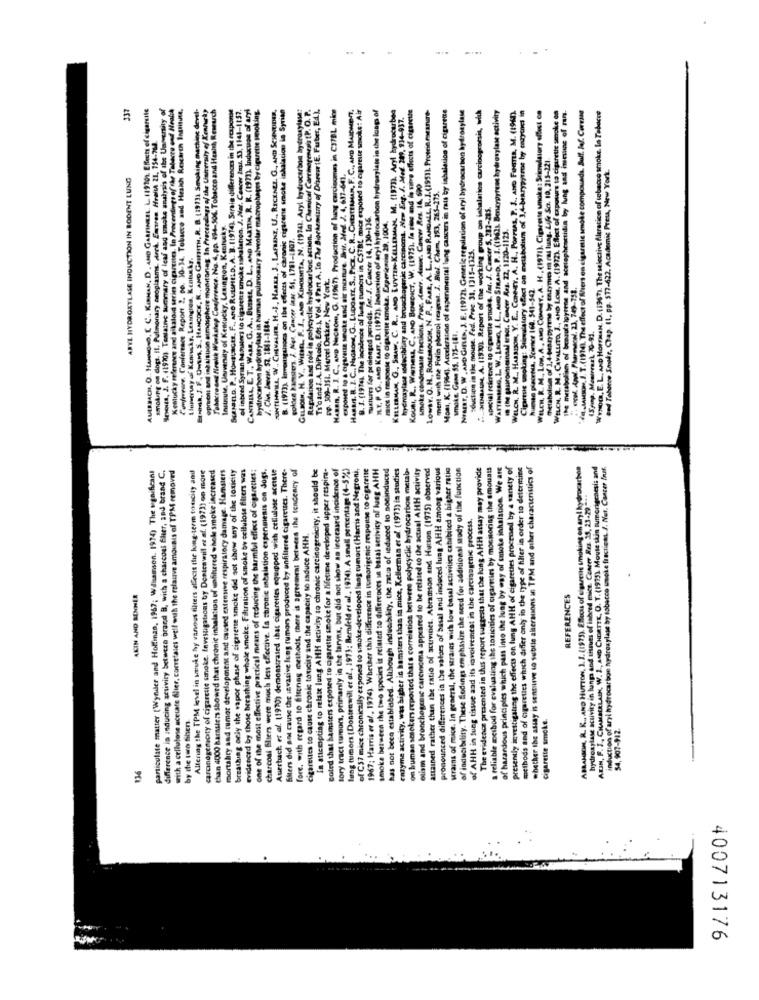
AUERBACH, O .. HANMOND, C. C ., KIRHAN, D . AND GARFINKEL. L. 119701. ERects of cigarette
Snous, J. F. (1970) Tentaine summary of leaf and smoke analysis of the University of
Kentucky reference and alkaloid series cigarettes. In Proceedings of the Tabacco and Health
Confereare. Conference Report 2. po. 10-34. Tobacco and Hrakh Research Institute,
Ba, J. F. UwsM. S ., HANCOCK, R ., AND GRIFFITH, R. B. (19731 Smoking machine devel-
opresent and ingaisuon atmosphere monitoring. In Prececelags of the University of Kentucky
Tobacco ced Nrekk Workshop Conference. No. 4,pp. 494-506. Tobacco and Health Research
Scmsanto. P ., Honsuaces. F ., ane Russmes.D. A. B. (1914). Serale differences in the response
of inbred Syrian Mhans to cigarette smoke Inhalation. J. Nar. Cescer Ings. 53, 1141-1157.
CANTRELL, E. T ., WARE. G. A ., BUIME, D. L ., AND MARTIN, R. R. (1977). Inducuse of aryl
hydrocarbon hydroxylase in human pulmonary alveolar macrophages by cigarette smoking.
B. (1973), levesusgsisocs on the effects of chronic cigarene smoke inhalation lo Syrian
1. Vol. 4 Part A, In The Biochemiury of Direi (E. Farber, Ed.),
HABEN, R. J. C ., AND NecRóm, G. (1967). Production al lung carcinome in C37BL mice
B. J. (1974). The incidence of lung tumors in CSTBL mics exposed to cigarette smoke: Air
T. P. G. AND KAsr, D. (1972), Induction of aryl hydrocarbon hydrosylaws in the loop of
Lowsr. O. H ., RossoUGH, N. P ., FARR, A. L. AND RANDALL, R. J.(1951). Protein nuranare-
Moms, K. (1964). Acceleration of eapenmental lung cancers in rats by inhalation of cigarene
Nrasr, D. W ,AND Gines, J. E. (19721. Genetic regulation of aryl hydrocarbon hydroxylase
"Has, A. (1990) Report of the working group on ietalation carcinogenesis, with
,AND STRAND. P. I.(1962. Benzypyrene hydroxylase activity
Citartue smoking: Stimuistory elect on metabolism of 3.4-bearypytros by czyches in
WELCH, R. M ., LOW, A, AND COMMIT. A. H ., (1971). Cigarette smoke: Stimulatory elfest on
e of ran.
the metabolism of brazotalpyrene and acetaphenetidin by fung Jed zitate spoke on
VAAS.I. T.(1974). Theeffect of Wiers on cigarette smoke compounds. Bull. laf. Coreane
337
SONTLHWILL, WW ., CHEvaura, H .- J ., HARKa, J ., LAFBENE, U ., RECENEL. G ., AND SCHNEIDER,
GILsoIN. H. V ., With, P. S ., AND KIHosnTA, N. (19741. Aryl hydrocarbon hydroxylase:
Regulation and role in polycyclic hydrocarbon action. In Chemical CarrierenesistP. O. P.
KELLERMAM, G ., SHAw. C. R ., AND LUYTEN-KELLERMAN, M. (1973). Aryl hydrocarbon
hydroxylase sodecibility and broochogenic cascinomt. New Eng. J. Med. 289, 934-937.
Koun, R. Weness, C, AND BENEDICT, W. (1975), la stes and la vitre effects of cigarette
WELCH. R. M .. HARSISON, Y. E ., CONeEY, A. H ., Porreas, P. J ., AND FORTta, M. (1960).
.E. L. AND HorFMan. D. (1967). The selective fleracion of tobacco smoke, In Tabacce
smoking on dogt. Il. Pulmonary neoplasms. Arch. Empren. Hrefth 21, 754-768.
of 1,4 bean pyrene by enzyme m ral lung. Life Sc. 19, 213-221.
.I. C .. NaGRons, G ., LUDOATE. S ., PICK, C. R ., CHESTEMMAN, F. C.
God Taberne Smodr, Chap. (1, pp. 577-622. Academic Press, New York.
ARYL HYDROXYLASE INDUCTION IN RODENT LUNG
Exposed to a cigarette smoke and air mesture. Brit. Med. J. 4, 637-641.
smoke condensate fractions, Proc. Amer. Asc. Cancer Res. 14. 590
ment with the Folin phenol reagest. J. Biel. Chem, 193, 265-275.
special feiertnice to cigarette smoke. Int. J. Cancer 5. 312-285.
Tuxtures for prolonged periods, lat. J. Cancer 14, 130-136.
mics in response to cigarette smoke. Experiencia 29, 1004.
WELCH. R. M . CAVALLITA J ., AND LOW. A. (1972). Effect of
Instcute, University of Kentucky, Lexington, Kentucky.
18 the sauroinvesnaal tract. Cancer Res. 22, 1120-1123.
golden hamsters. J. Nat. Cancer jaar. 51, 1781-4807.
:duction in the mouse. Fed. Proc. 31. 1315-1325.
Lleveerway of Keniwsky, Lessogros, Kentucky.
opment and inbaisuon atmosphere monit
DO. 309-151. Marcel Dekker, New York
fo and J. A. DiPuoic. Eos N Vale
Pronta. Sciemer 160. 541-542
4. Chin. Beerse. 52. 1842-2884.
smoke. Gane 55. 175-181.
Www.E.L.N
metabo
particulate matter (Wynder and Holfinan, 1967; Wilsamson. 1974) The significant
difference in inducing activity betwece brand B, with a charcoal flier, and brand C.
with a cellulose acetate fier, corttales well wuh the refauve amounts of TPM removed
Allering the TPM level in suke hoy vanvous filters alecit the long-term tonicity and
caronestmoty of cigarette smoke. Invesugations by Donicawill et af. (197)) on more
than 4000 harsstems showed that chronic inhalation of unfiltered whole smoke increased
mortahry and rumor development and caused extensive respiratory damage. Hamsters
4 sot show any of the toxicity
evidenced by those breathing whole smoke, Filtration of smoke by ccitulose filters was
one of the most effective practical means of reducing the harmful effect of cigarettes:
charconi Sliers were much less effective. La chronic inhalation expenmenis on dogs.
Auerbach: et al. (1990) demonstrated that cigarettes equipped with cellulose acesse
s rumors produced by unfiltered cigarettes. There-
fore, with ergard to filtering methods, there is agreement between the tendency of
In attcespting to relate lung AHH activity to chronic carcinogenicity, it should be
coted that hamsters exposed to cigarette smoke for a lifetime developed upper respira-
Bory tract tumors, primanly in the laryns, but did not show an increased incidence of
lang tumors (Dontrawill et al, 1973; Bernfeld et al ., 1974). A small percentage (4-5%)
of C57 mice chronically exposed to smoke-developed lung tumors (Harris and Negroni,
1967; Harris er al, 1974) Whether this difference in tumorigenic response to cigarette
smoke between the two species is related to differences in basal activity of luag AHH
has not been established. Although induability, the ratio of iedaced to soninduced
enzyme activity, was higher in hamsters than in mice, Kellerman et al. (1973) in studies
on human smokers reported that's correlation between polycyclic hydrocarbon metab-
olism and bronchogenic carcinoma appeared to be related to the actual AHH activity
attained rather than the ratio of activities. Abramson and Hatton (1975) observed
pronounced differences in the vatars of basal and induced lung AHH among various
wrais of mice. In general, the strains with low basal activities cahibited a higher ratio
of inducibility. These findings emphasize the need for additional study of the function
The evidence presented in this report vuggests that the lung AHH assay may provide
a reliable method for evaluating the toxicities of cigarettes by mochoring the amounts
" hazardous principles which pass into the lung by way of smoke inhalation. We are
vettigating the effects on lung AHH of cigarettes processed by a variety of
methods and of cigarettes which differ only in the type of filter in order to determine
whether the assay is sentirve to subtle allerauons an TPM and other characteristics of
ABRAMSON, R. K ., AND HUTTON, J. J. (1975). ERtrois of cigarette smoking on arl hydrocarbon
ARIN, F. J ., CHAMBERLAIN, W. J ., AND CHERTER, O. T. (1973) Mouse skin tumorigcaesis and
induction of aryl hydrocarbon hydroxylase by tobacco woke fracticas. J. Nat. Cancer Inak.
hydroxylase activity in lungs and tissues of inbeed mice. Cancer Res. 25, 23.29 .---
of AHH in fung tissue and its invoiremest in the carciangenic process.
Cigarettes to cause chronic toxicity and the capacity to zaduce AHH.
moke
AKIN AND SONHER
REFERENCES
breathing orly the vapor phase of cigarette
filters did ant cause the invasive l
tissue and it
ag to relate i
by the two Sihen
cigarette smoke.
54, 907-912.
not be
wrains of
.AHH
136
...
400713176